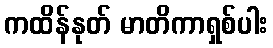
ကထိန်နုတ် မာတိကာရှစ်ပါး